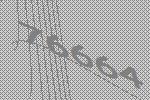
76664